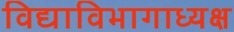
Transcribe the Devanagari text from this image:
विद्याविभागाध्यक्ष